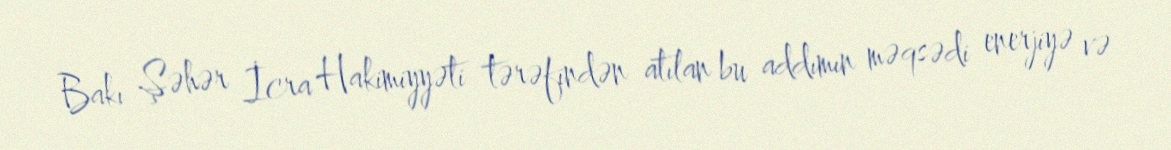
Bakı Şəhər İcra Hakimiyyəti tərəfindən atılan bu addımın məqsədi enerjiyə və